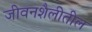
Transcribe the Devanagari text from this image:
जीवनशैलीतील